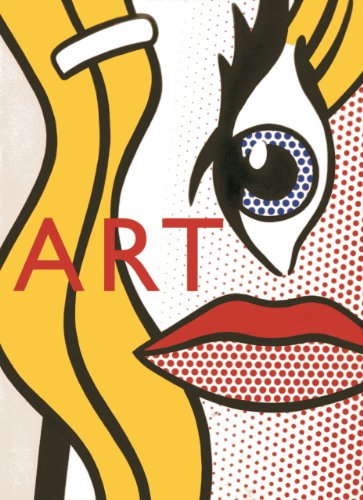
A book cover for Art Law: The Guide for Collectors, Investors, Dealers & Artists; Judith Bressler; Law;